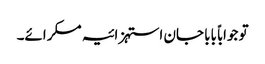
تو جواباً بابا جان استہزائیہ مسکرائے۔